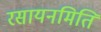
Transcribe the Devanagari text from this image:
रसायनमिति